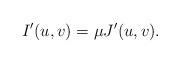
LaTeX: \begin{align*}I'(u,v)=\mu J'(u,v).\end{align*}